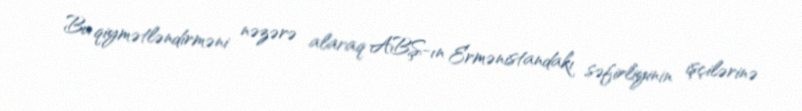
Bu qiymətləndirməni nəzərə alaraq ABŞ-ın Ermənistandakı səfirliyinin işçilərinə